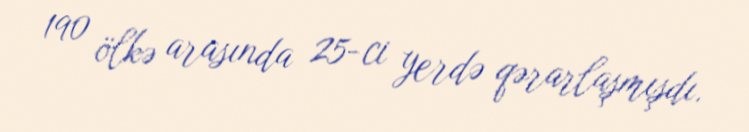
190 ölkə arasında 25-ci yerdə qərarlaşmışdı.